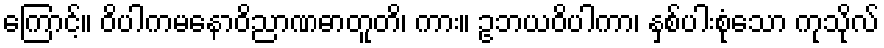
ကြောင့်။ ဝိပါကမနောဝိညာဏဓာတူတိ၊ ကား။ ဥဘယဝိပါကာ၊ နှစ်ပါးစုံသော ကုသိုလ်